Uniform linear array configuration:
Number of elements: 24
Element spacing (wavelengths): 0.5
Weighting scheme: kaiser
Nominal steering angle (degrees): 30
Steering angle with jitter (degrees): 30.796
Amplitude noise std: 0.05
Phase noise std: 0.05

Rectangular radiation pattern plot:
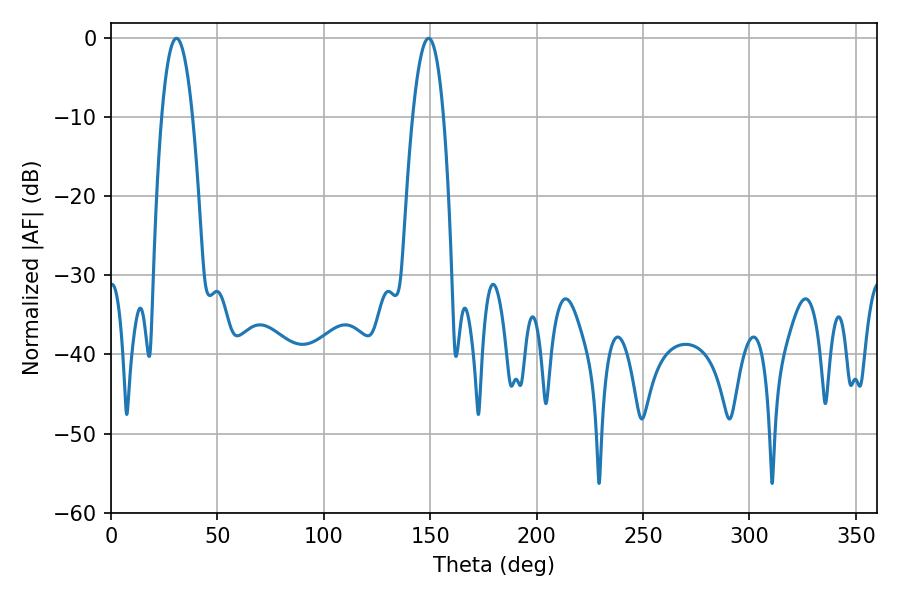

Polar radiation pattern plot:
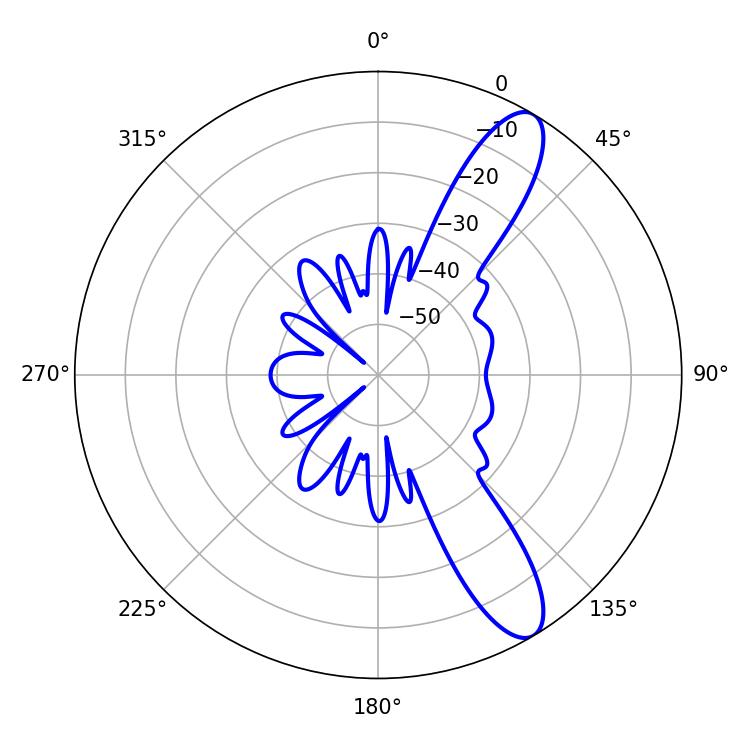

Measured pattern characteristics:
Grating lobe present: FALSE
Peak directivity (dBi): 11.124
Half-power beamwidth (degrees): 8.1
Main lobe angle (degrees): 30.78